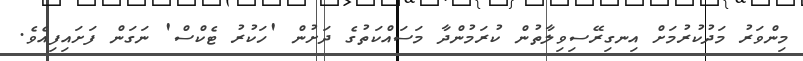
މިންވަރު މަދުކުރުމަށް އިނގިރޭސިވިލާތުން ކުރަމުންދާ މަސައްކަތުގެ ދަށުން 'ހަކުރު ޓެކްސް' ނަގަން ފަށައިފިއެވެ.